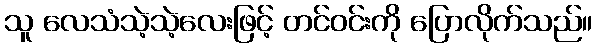
သူ လေသံသဲ့သဲ့လေးဖြင့် တင်ဝင်းကို ပြောလိုက်သည်။